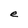
Character: e